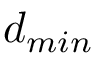
d _ { m i n }